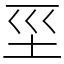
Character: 坙